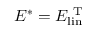
E ^ { * } = E _ { \mathrm { l i n } } ^ { \mathrm { ~ T ~ } }